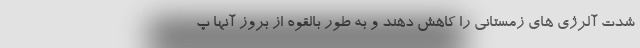
شدت آلرژی های زمستانی را کاهش دهند و به طور بالقوه از بروز آنها پ